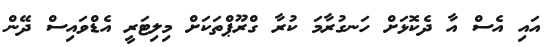
އައި އެސް އާ ދެކޮޅަށް ހަނގުރާމަ ކުރާ ގްރޫޕްތަކަށް މިލިޓަރީ އެޑްވައިސް ދޭން